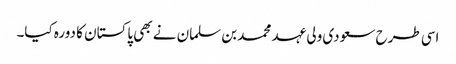
اسی طرح سعودی ولی عہد محمد بن سلمان نے بھی پاکستان کا دورہ کیا۔